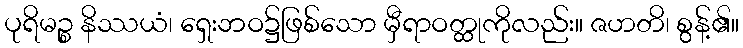
ပုရိမဉ္စ နိဿယံ၊ ရှေးဘဝ၌ဖြစ်သော မှီရာဝတ္ထုကိုလည်း။ ဇဟတိ၊ စွန့်၏။